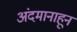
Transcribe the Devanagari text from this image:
अंदमानाहून